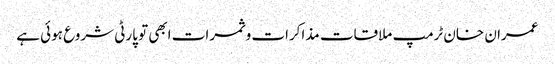
عمران خان ٹرمپ ملاقات مذاکرات و ثمرات ابھی تو پارٹی شروع ہوئی ہے